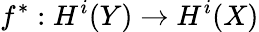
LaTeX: f^{*}:H^{i}(Y)\to H^{i}(X)